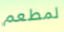
لمطعم